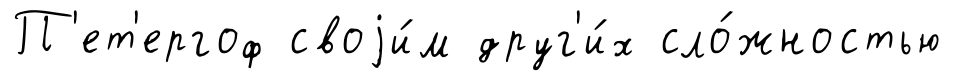
П'ет'ергоф своjи́м друг'и́х сло́жностью